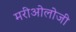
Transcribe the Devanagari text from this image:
मरीओलोजी